Lunatic asylums Madras 1892-1911 - 1892-1911
Year: 1892
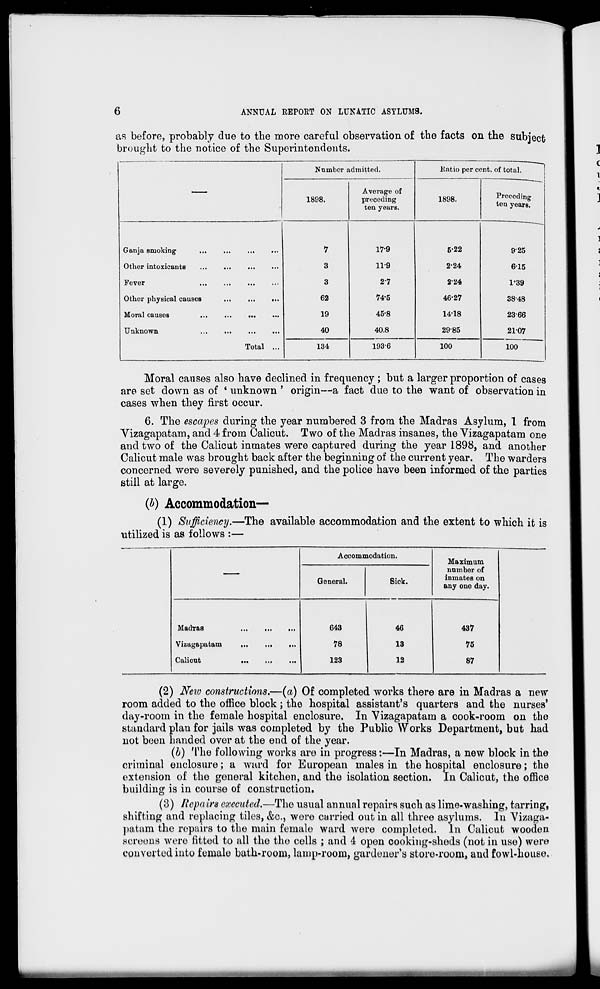
6
ANNUAL REPORT ON LUNATIC ASYLUMS.
as before, probably due to the more careful observation of the facts on the subject
brought to the notice of the Superintendents.
Number i admitted.
Ratio per cent, of total.
1898.
Average of
preceding
ten years.
1898.
Preceding
tea years.
Ganja smoking
...
.
7
17-9
5-22
9-25
Other intoxicants
...
■
3
11-9
224
615
Fever
3
2-7
2*24
1-39
Other physical causes
62
74-5
46*27
38-48
Moral causes
...
,
19
45-8
14-18
23-66
Unknown
...
.
Total ...
40
40.8
29-85
2107
134
193-6
100
100
Moral causes also have declined in frequency ; but a larger proportion of cases
are set down as of * unknown ' origin—a fact due to the want of observation in
cases when they first occur.
6. The escapes during the year numbered 3 from the Madras Asylum, 1 from
Vizagapatam, and 4 from Calicut. Two of the Madras insanes, the Vizagapatam one
and two of the Calicut inmates were captured during the year 1898, and another
Calicut male was brought back after the beginning of the current year. The warders
concerned were severely punished, and the police have been informed of the parties
still at large.
(&) Accommodation—
(1) Sufficiency.—The available accommodation and the extent to which it is
utilized is as follows :—
Accommodation.
General.
Sick.
Maximum
number of
inmates on
any one day.
Madras
Vizagapatam
Calicut
643
78
123
46
13
12
437
75
87
(2) New constructions.—(a) Of completed works there are in Madras a new
room added to the office block ; the hospital assistant's quarters and the nurses'
day-room in the female hospital enclosure. In Vizagapatam a cook-room on the
standard plan for jails was completed by the Public Works Department, but had
not been handed over at the end of the year.
(b) The following works are in progress:—In Madras, a new block in the
criminal enclosure; a ward for European males in the hospital enclosure; the
extension of the general kitchen, and the isolation section. In Calicut, the office
building is in course of construction.
(3) Repairs executed.—The usual annual repairs such as lime-washing, tarring,
shifting and replacing tiles, &c, wore carried out in all three asylums. In Vizaga-
patam the repairs to the main femalo ward were completed. In Calicut wooden
screens were fitted to all the the cells ; and 4 open cooking-sheds (not in use) were
converted into female bath-room, lamp-room, gardener's store-room, and fowl-house.